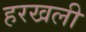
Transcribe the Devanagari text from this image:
हरखली